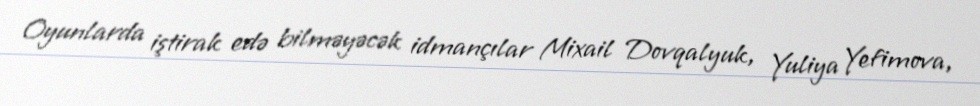
Oyunlarda iştirak edə bilməyəcək idmançılar Mixail Dovqalyuk, Yuliya Yefimova,